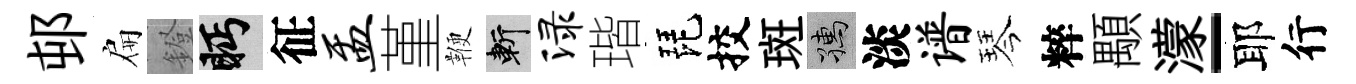
邨扁鐙眄征盂堇鞭斬渌瑎琵挍斑孺淡谱琴粹顒濛-耶行